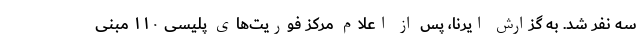
سه نفر شد. به گزارش ایرنا، پس از اعلام مرکز فوریت‌های پلیسی ۱۱۰ مبنی